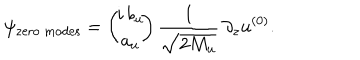
LaTeX: \psi _ { \mathrm { z e r o ~ m o d e s } } = \left( \! \! \begin{array} { c } { { i \, b _ { u } } } \\ { { a _ { u } } } \\ \end{array} \! \! \right) \frac { 1 } { \sqrt { 2 M _ { u } } } \, \partial _ { z } u ^ { ( 0 ) } .